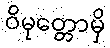
ဝိမုတ္တောမှိ